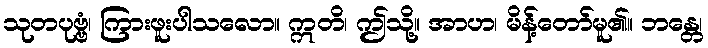
သုတပုဗ္ဗံ၊ ကြားဖူးပါသလော။ ဣတိ၊ ဤသို့။ အာဟ၊ မိန့်တော်မူ၏။ ဘန္တေ၊